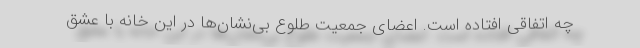
چه اتفاقی افتاده است. اعضای جمعیت طلوع بی‌نشان‌ها در این خانه با عشق